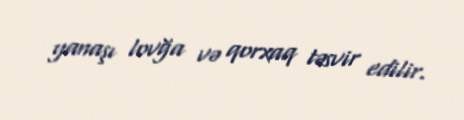
yanaşı lovğa və qorxaq təsvir edilir.